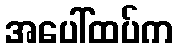
အပေါ်ထပ်က